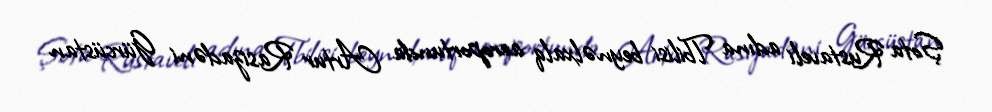
Şota Rustaveli adına Tbilisi beynəlxalq aeroportunda Artur Rasizadəni Gürcüstan